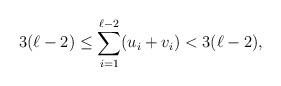
LaTeX: \begin{align*} 3(\ell-2) \leq \sum_{i=1}^{\ell-2} (u_i+v_i) < 3(\ell-2), \end{align*}